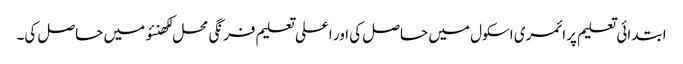
ابتدائی تعلیم پرائمری اسکول میں حاصل کی اور اعلی تعلیم فرنگی محل لکھنئو میں حاصل کی۔